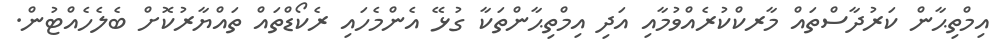
އިމްތިޙާން ކަރުދާސްތައް މާރކްކުރެއްވުމާއި އަދި އިމްތިޙާންތަކާ ގުޅޭ އެންމެހައި ރެކޯޑްތައް ތައްޔާރުކޮށް ބެލެހެއްޓުން.